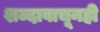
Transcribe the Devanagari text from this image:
शब्दावाचूनही